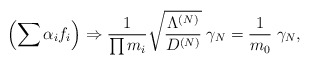
\begin{align*}\left( \sum \alpha_i f_i \right) \Rightarrow\frac{1}{\prod m_i} \sqrt{\frac{\Lambda^{(N)}}{D^{(N)}}} \; \gamma_N= \frac{1}{m_0} \; \gamma_N ,\end{align*}